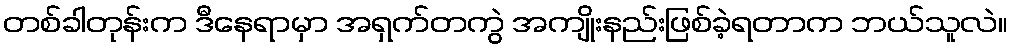
တစ်ခါတုန်းက ဒီနေရာမှာ အရှက်တကွဲ အကျိုးနည်းဖြစ်ခဲ့ရတာက ဘယ်သူလဲ။